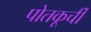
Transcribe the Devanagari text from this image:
पोतकूर्ची